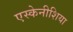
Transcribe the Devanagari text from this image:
एस्केनीशिया